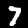
Digit: 7